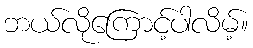
ဘယ်လိုကြောင့်ပါလိမ့်။